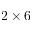
2 \times 6